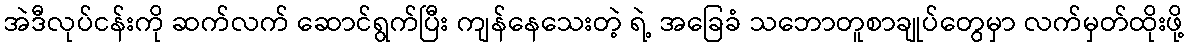
အဲဒီလုပ်ငန်းကို ဆက်လက် ဆောင်ရွက်ပြီး ကျန်နေသေးတဲ့ ရဲ့ အခြေခံ သဘောတူစာချုပ်တွေမှာ လက်မှတ်ထိုးဖို့